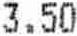
3.50